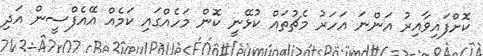
ކޮށްފައިވާއިރު އަންނަ އަހަރު މެޗުތައް ކުޅޭނީ ކޮން މަހެއްގައި ކަމެއް އޭއެފްސީން އަދި